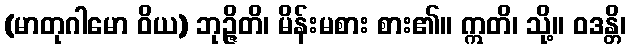
(မာတုဂါမော ဝိယ) ဘုဉ္ဇိတိ၊ မိန်းမစား စား၏။ ဣတိ၊ သို့။ ဝဒန္တိ၊